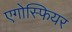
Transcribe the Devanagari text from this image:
एगोस्फियर